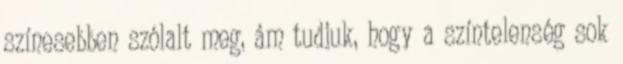
színesebben szólalt meg, ám tudjuk, hogy a színtelenség sok